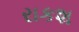
રાકશ